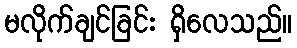
မလိုက်ချင်ခြင်း ရှိလေသည်။